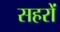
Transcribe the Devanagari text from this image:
सहरों